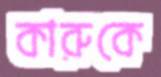
কারুকে